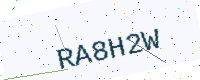
Text: RA8H2W